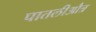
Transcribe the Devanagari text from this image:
पातलीऔत्र